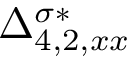
{ \Delta } _ { 4 , 2 , x x } ^ { \sigma * }